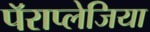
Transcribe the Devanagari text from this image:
पॅराप्लेजिया